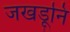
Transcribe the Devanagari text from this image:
जखडूनि